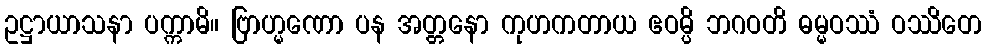
ဥဋ္ဌာယာသနာ ပက္ကာမိ။ ဗြာဟ္မဏော ပန အတ္တနော ကုဟကတာယ ဧဝမ္ပိ ဘဂဝတိ ဓမ္မဝဿံ ဝဿိတေ